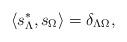
LaTeX: \begin{gather*}\langle s_\Lambda^*, s_\Omega \rangle=\delta_{\Lambda \Omega},\end{gather*}